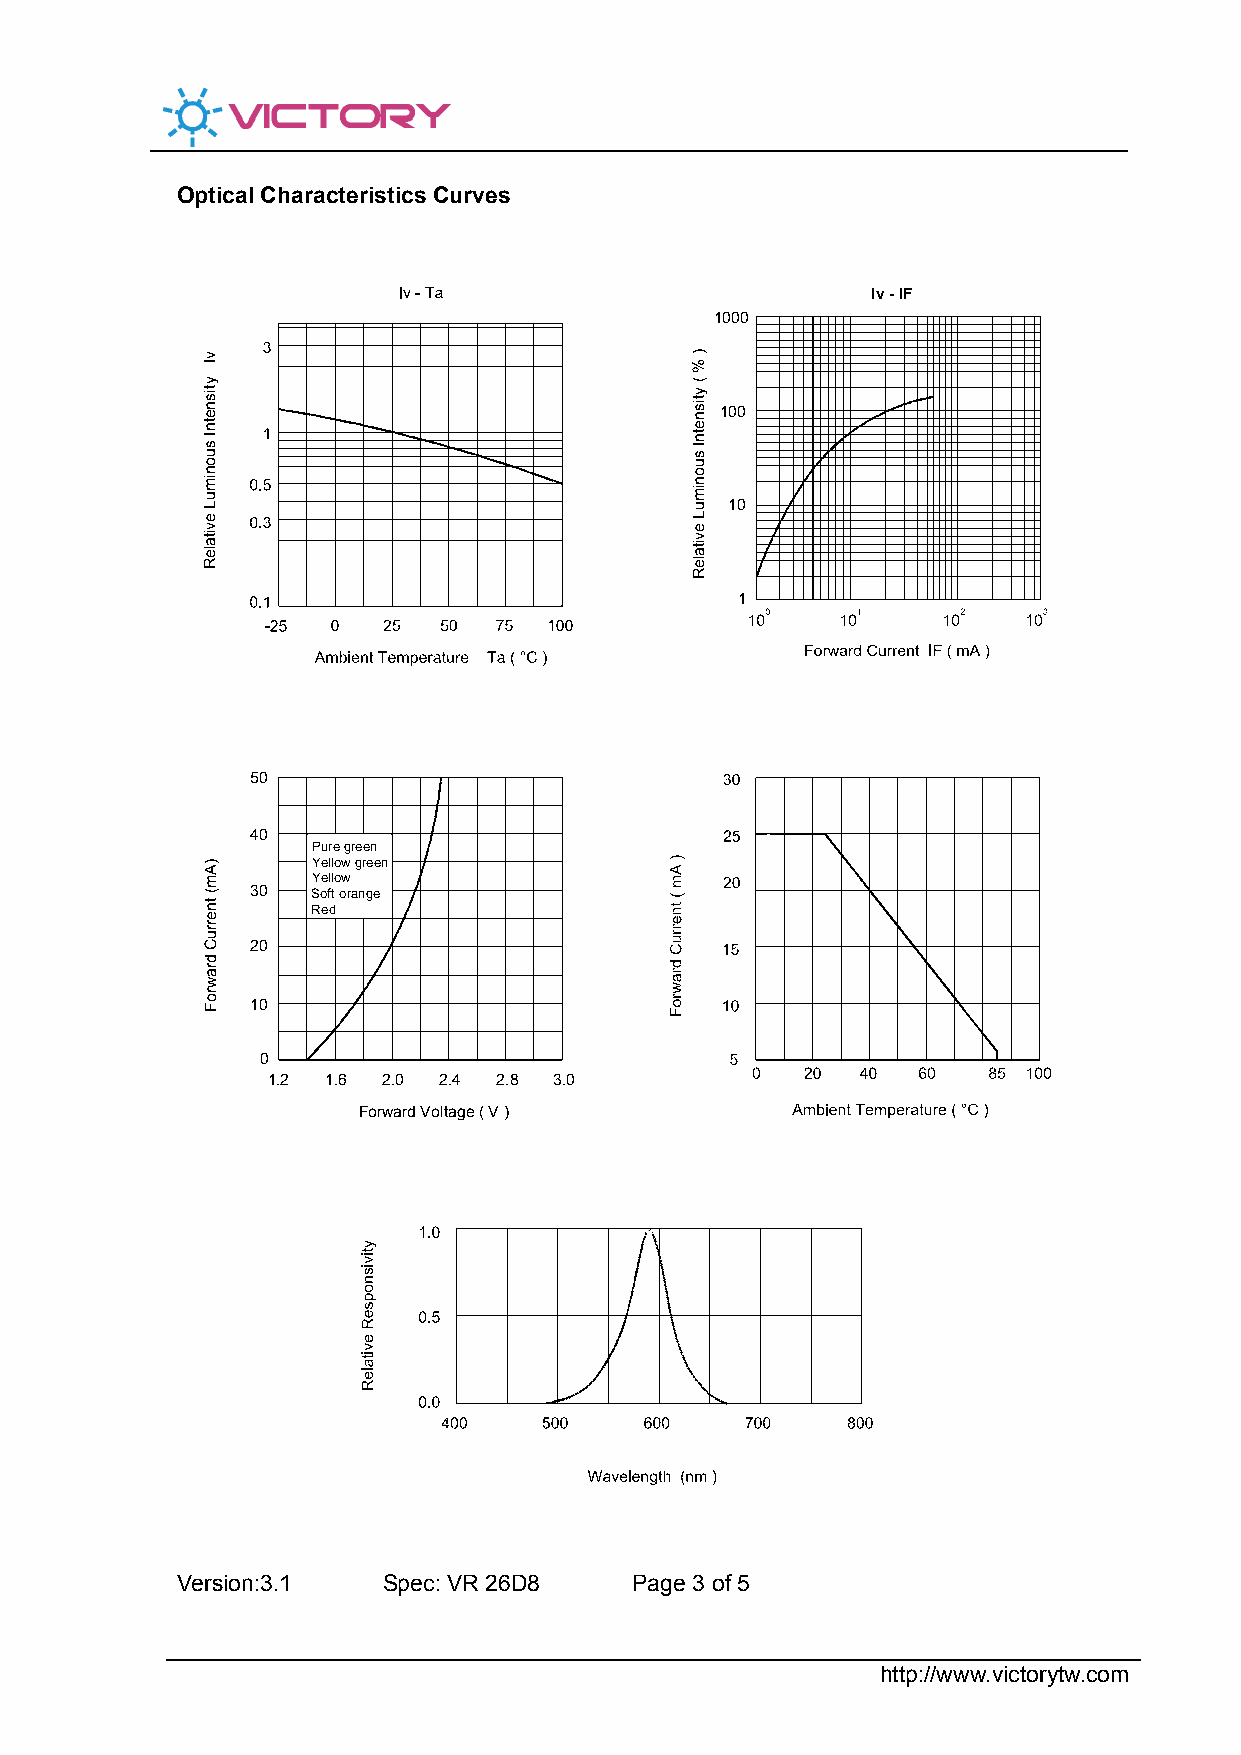
Optical Characteristics Curves
 Iv - IF
 1000
 100
 10
 1
 50
 40
 Pure green
 Yellow green
 Yellow
 30  Soft orange
 Red
 20
 10
 0
 1.2 1.6 2.0 2.4 2.8 3.0
 Forward Voltage ( V )
 Version:3.1  Spec: VR 26D8    Page 3 of 5
 http://www.victorytw.com
 vI
 ytisnetnI
 suonimuL
 evitaleR
 )Am(
 tnerruC
 drawroF
 )
 %
 (
 ytisnetnI
 suonimuL
 evitaleR